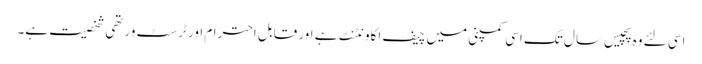
اسی لئے وہ پچیس سال تک اسی کمپنی میں چیف اکاونٹنٹ ہے اور قابل احترام اور ٹرسٹ ورتھی شخصیت ہے۔